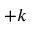
+ k